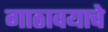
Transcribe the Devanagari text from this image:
गाठावयाचे